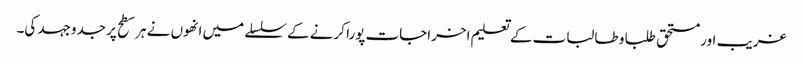
غریب اور مستحق طلبا و طالبات کے تعلیم اخراجات پورا کرنے کے سلسلے میں انھوں نے ہر سطح پر جدوجہد کی۔